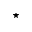
^ { \star }